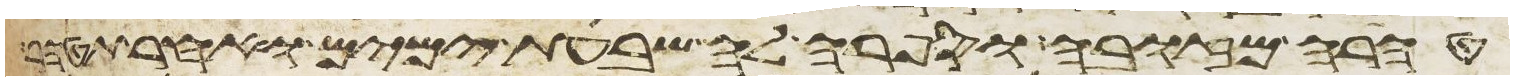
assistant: טהרה מזובה וספרה לה שבעת ימים ואחר תטהר